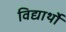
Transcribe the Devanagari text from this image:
विद्यार्थों